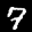
Label: 7